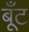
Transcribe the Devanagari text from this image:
बूँट